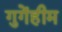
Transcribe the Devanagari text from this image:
गुगेंहीम